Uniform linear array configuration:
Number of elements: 48
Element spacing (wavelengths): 0.5
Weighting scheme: hann
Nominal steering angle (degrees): -45
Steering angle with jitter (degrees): -45.957
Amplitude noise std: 0.05
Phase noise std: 0.05

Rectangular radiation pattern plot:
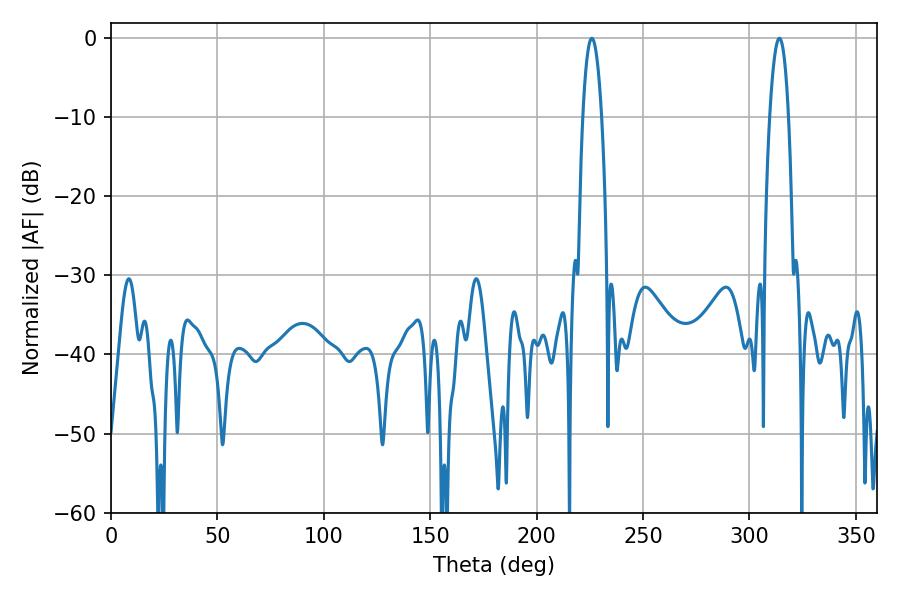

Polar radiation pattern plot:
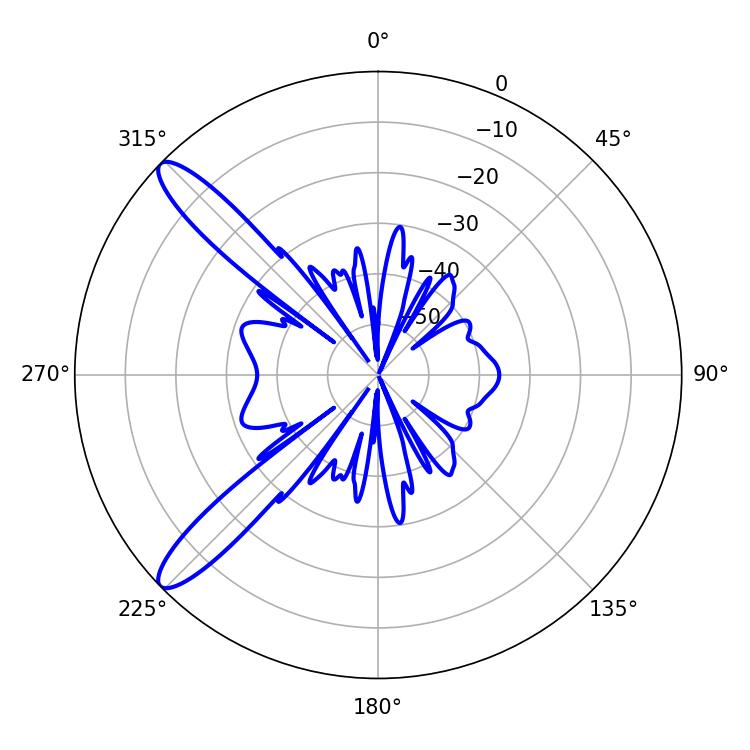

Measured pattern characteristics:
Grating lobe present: FALSE
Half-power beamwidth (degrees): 4.86
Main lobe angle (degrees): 225.9